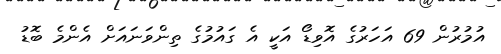
އުމުރުން 69 އަހަރުގެ އޮވިޑޯ އަކީ އެ ގައުމުގެ ތިންވަނައަށް އެންމެ ބޮޑު